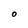
Character: O